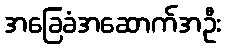
အခြေခံအဆောက်အဦး